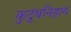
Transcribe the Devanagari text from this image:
कुटुंबनिहाय